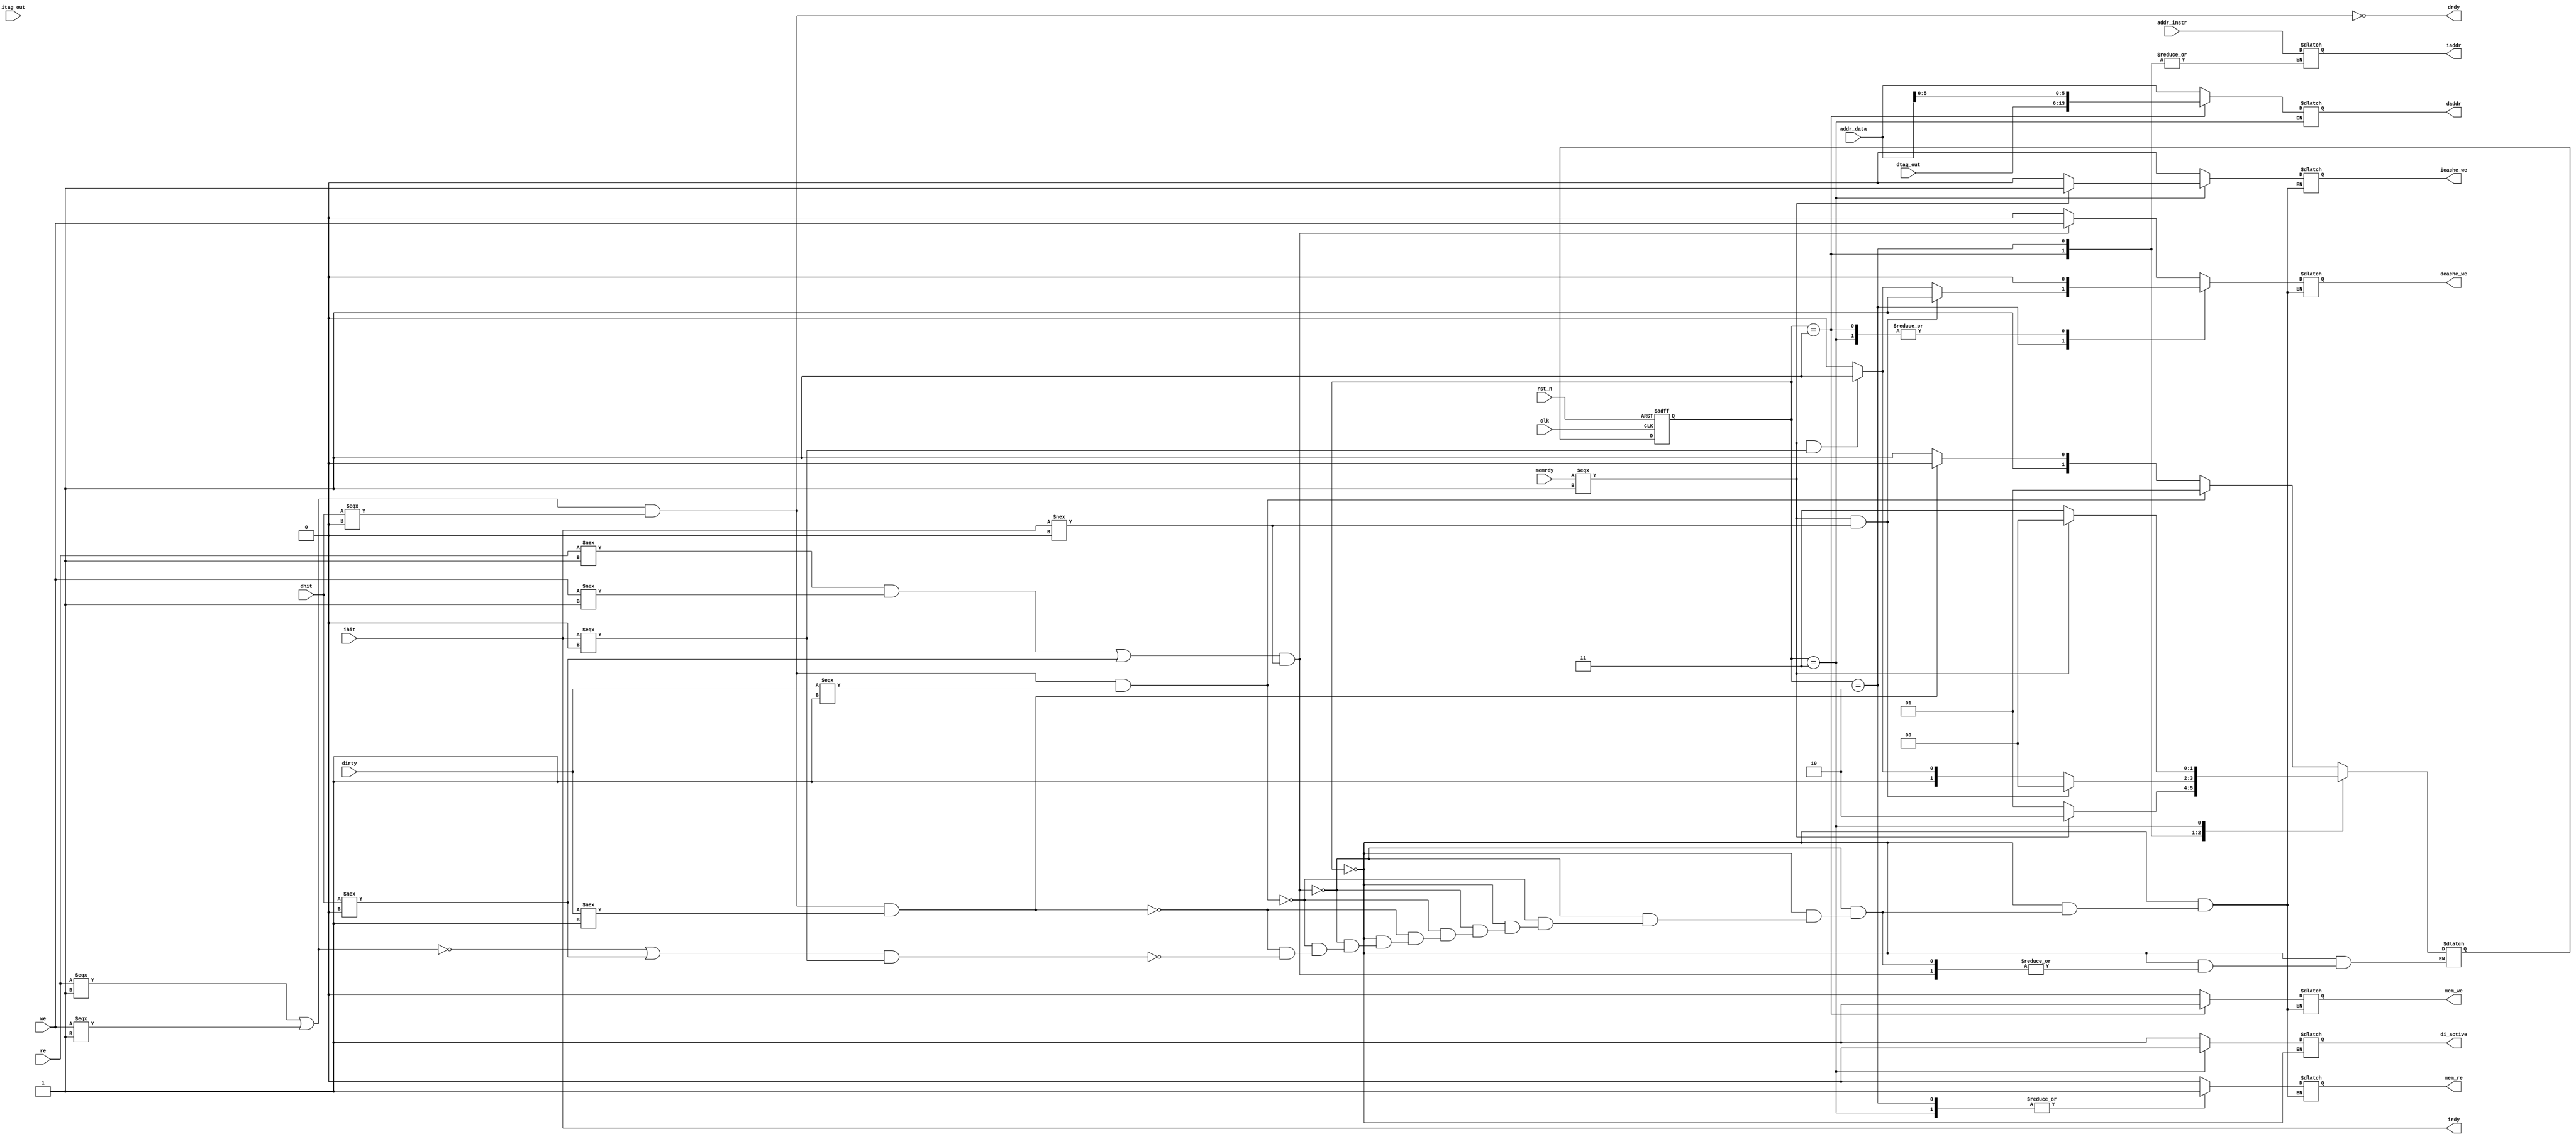
module cache_controller(clk, rst_n, we, re, dhit, dirty, ihit, memrdy, drdy, irdy, mem_re, mem_we, icache_we, dcache_we, addr_instr, addr_data, itag_out, dtag_out, iaddr, daddr, di_active);
input clk, rst_n, we, re; // from pipeline
input dhit, dirty, ihit; // from cache
input memrdy;  // from memory

// address
input[13:0] addr_instr, addr_data;
input[7:0] itag_out, dtag_out;
output reg[13:0] iaddr, daddr;

output drdy, irdy;
output reg mem_re, mem_we; // to memory
output reg icache_we, dcache_we; // to cache
output reg di_active; // 0: I-cache active, 1: D-cache active


reg[1:0] state, next_state;

assign drdy = ~((re===1 || we===1) && dhit===0);
assign irdy = ihit;


always @(posedge clk, negedge rst_n)
    if (!rst_n)
        state <= IDLE;
    else 
        state <= next_state;

// Define states of FSM
localparam IDLE = 2'b00;
localparam EVICT = 2'b01;

localparam DATA_RD = 2'b10;
localparam INSTR_RD = 2'b11;

always @(state, we, re, dhit, dirty, ihit, memrdy, addr_instr, addr_data)
begin
    case (state)
        IDLE:
        begin
            iaddr = addr_instr; daddr = addr_data;
            if(((re!==1 && we!==1) || dhit!==0) && ihit!==0) begin // output
            mem_re = 0; mem_we = 0;
            icache_we = 0; dcache_we = we; // stay in IDLE
            end else if ((re===1||we===1) && dhit===0 && dirty===1) begin 
            next_state = EVICT;
            mem_re = 0; mem_we = 0;
            icache_we = 0; dcache_we = 0; 
            end else if ((re===1||we===1) && dhit===0 && dirty!==1) begin 
            next_state = DATA_RD;
            mem_re = 0; mem_we = 0;
            icache_we = 0; dcache_we = 0;
            end else if ((!(re===1||we===1) || dhit!==0) && ihit===0) begin
            next_state = INSTR_RD;
            mem_re = 0; mem_we = 0;
            icache_we = 0; dcache_we = 0;
            end
        end

        EVICT: begin // output
                mem_we = 1; mem_re = 0;
                dcache_we = 0; icache_we = 0;
                daddr = {dtag_out[7:0], addr_data[5:0]};
                di_active = 1;
                if (memrdy===1) begin // to DATA_RD
                    next_state = DATA_RD;
                end else begin
                    next_state = EVICT;
                end
            end

        DATA_RD: begin // output
                mem_we = 0; mem_re = 1;
                icache_we = 0;
                daddr = addr_data;
                di_active = 1;
                if (memrdy===1 && ihit!==0) begin 
                    next_state = IDLE;
                    dcache_we = 1;
                end else if (memrdy===1 && ihit===0) begin
                    next_state = INSTR_RD;
                    dcache_we = 1;
                end else begin
                    next_state = DATA_RD;
                    dcache_we = 0;
                end 
            end

        INSTR_RD: begin // output
                mem_we = 0; mem_re = 1;
                iaddr = addr_instr;
                dcache_we = 0;
                di_active = 0;
                if (memrdy===1) begin
                    next_state = IDLE;
                    icache_we = 1; // only write cache when memrdy
                end else begin
                    next_state = INSTR_RD;
                    icache_we = 0;
                end// else stay in INSTR_RD
        end
    endcase
end 
endmodule